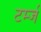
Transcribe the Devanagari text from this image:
टर्म्ज